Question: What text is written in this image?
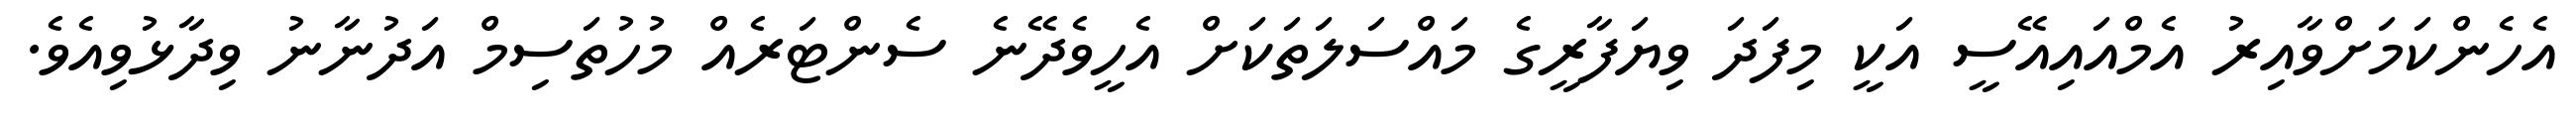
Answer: އެހެންކަމަށްވާއިރު އެމްއައިއޭސީ އަކީ މިފަދަ ވިޔަފާރީގެ މައްސަލަތަކަށް އެހީވެދޭނެ ސެންޓަރެއް މުހުތަސިމް އަދުނާނު ވިދާޅުވިއެވެ.